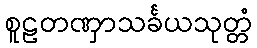
စူဠတဏှာသင်္ခယသုတ္တံ